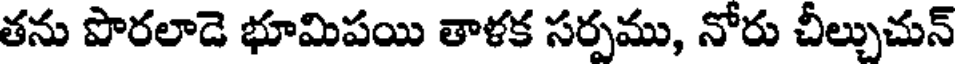
తను పొరలాడె భూమిపయి తాళక సర్పము, నోరు చీల్చుచున్